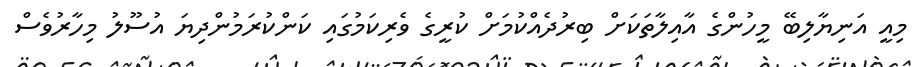
މިއީ އަނިޔާލިބޭ މީހުންގެ އާއިލާތަކަށް ބިރުދެއްކުމަށް ކުރީގެ ވެރިކަމުގައި ކަންކުރަމުންދިޔަ އުސޫލު މިހާރުވެސް